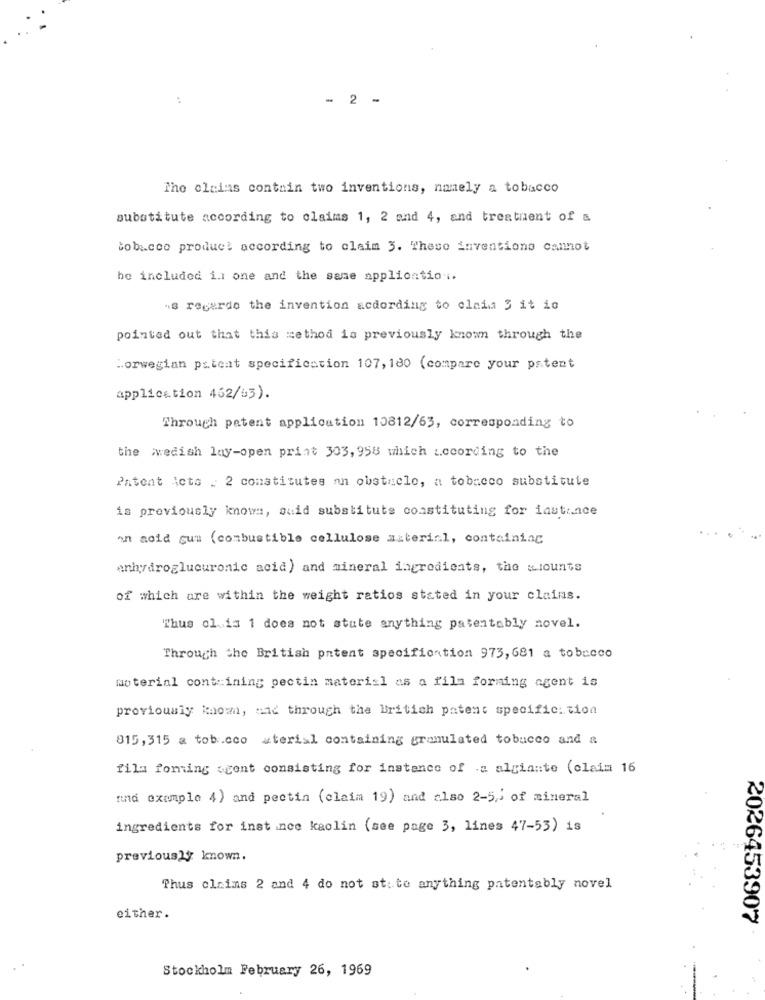
..
- 2 -
The olaias contain two inventions, namely a tobacco
substitute according to claims 1, 2 and 4, and treatment of a
tobacco product according to claim 3. These inventions cannot
be included in one and the same application ..
"S regarde the invention according to claia 3 it io
pointed out that this method is previously known through the
"orwegian ps.teat specification 107, 180 (compare your patent
application 462/63).
Through patent application 10812/63, corresponding to
the wedish lay-open print 303, 958 which according to the
Patent Acts . 2 constitutes an obstacle, a tobacco substitute
is previously known, suid substitute constituting for instance
an acid gum (combustible cellulose asterinl, containing
anhydroglucuronic acid) and mineral ingredients, the wiounts
of which are within the weight ratios stated in your claims.
Thus ol. in 1 does not stute anything patentably novel.
Through the British patent specification 973, 681 a tobacco
material containing pectin material as a fila forming agent is
previously know, and through the British patent specific: tion
815, 315 a tob.cco aterial containing granulated tobucco and a
fila forming scent consisting for instance of a algiante (clain 16
und example 4) and pectin (claim 19) and also 2-5% of mineral
ingredients for instance kaolin (see page 3, lines 47-53) is
previously known.
Thus claims 2 and 4 do not st: te anything patentably novel
either.
2026453907
Stockholm February 26, 1969